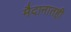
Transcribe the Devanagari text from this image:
मैदानातही